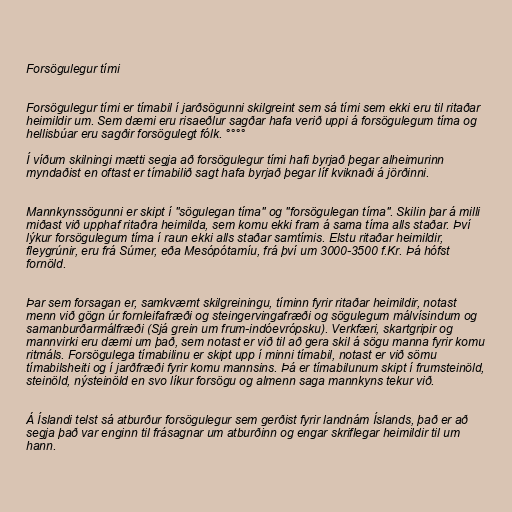
Forsögulegur tími

Forsögulegur tími er tímabil í jarðsögunni skilgreint sem sá tími sem ekki eru til ritaðar
heimildir um. Sem dæmi eru risaeðlur sagðar hafa verið uppi á forsögulegum tíma og
hellisbúar eru sagðir forsögulegt fólk. °°°°

Í víðum skilningi mætti segja að forsögulegur tími hafi byrjað þegar alheimurinn
myndaðist en oftast er tímabilið sagt hafa byrjað þegar líf kviknaði á jörðinni.

Mannkynssögunni er skipt í "sögulegan tíma" og "forsögulegan tíma". Skilin þar á milli
miðast við upphaf ritaðra heimilda, sem komu ekki fram á sama tíma alls staðar. Því
lýkur forsögulegum tíma í raun ekki alls staðar samtímis. Elstu ritaðar heimildir,
fleygrúnir, eru frá Súmer, eða Mesópótamíu, frá því um 3000-3500 f.Kr. Þá hófst
fornöld.

Þar sem forsagan er, samkvæmt skilgreiningu, tíminn fyrir ritaðar heimildir, notast
menn við gögn úr fornleifafræði og steingervingafræði og sögulegum málvísindum og
samanburðarmálfræði (Sjá grein um frum-indóevrópsku). Verkfæri, skartgripir og
mannvirki eru dæmi um það, sem notast er við til að gera skil á sögu manna fyrir komu
ritmáls. Forsögulega tímabilinu er skipt upp í minni tímabil, notast er við sömu
tímabilsheiti og í jarðfræði fyrir komu mannsins. Þá er tímabilunum skipt í frumsteinöld,
steinöld, nýsteinöld en svo líkur forsögu og almenn saga mannkyns tekur við.

Á Íslandi telst sá atburður forsögulegur sem gerðist fyrir landnám Íslands, það er að
segja það var enginn til frásagnar um atburðinn og engar skriflegar heimildir til um
hann.